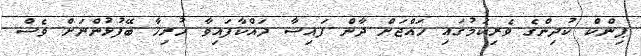
ޕިންކް ކުދިންގެ ވެރިކަމުގައި ހައްޖަށް ދާން ފައިސާ ދައްކާފައިވާ ހުރިހާ ބޭފުޅުންނަށް ވެސް